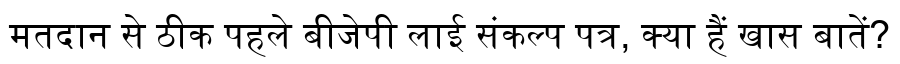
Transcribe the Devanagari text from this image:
मतदान से ठीक पहले बीजेपी लाई संकल्प पत्र, क्या हैं खास बातें?